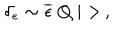
\delta _ { \epsilon } \sim \overline { { { \epsilon } } } \ Q \ | > \, ,